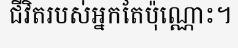
ជីវិតរបស់អ្នកតែប៉ុណ្ណោះ។